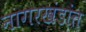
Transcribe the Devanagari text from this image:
नागरखंडांत